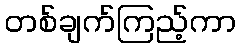
တစ်ချက်ကြည့်ကာ